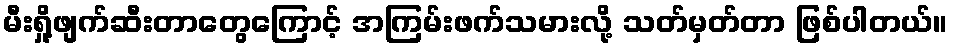
မီးရှို့ဖျက်ဆီးတာတွေကြောင့် အကြမ်းဖက်သမားလို့ သတ်မှတ်တာ ဖြစ်ပါတယ်။